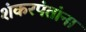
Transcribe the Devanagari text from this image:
शंकरपंतांना